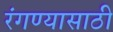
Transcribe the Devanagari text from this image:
रंगण्यासाठी